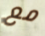
مع